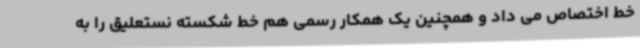
خط اختصاص می داد و همچنین یک همکار رسمی هم خط شکسته نستعلیق را به